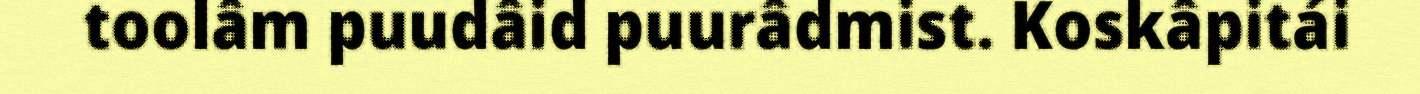
toolâm puudâid puurâdmist. Koskâpitái